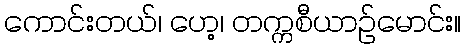
ကောင်းတယ်၊ ဟေ့၊ တက္ကစီယာဉ်မောင်း။